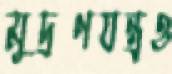
মুদ্রণযন্ত্রও